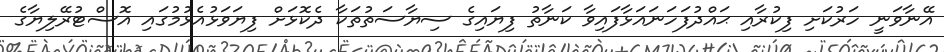
އޭނާވަނީ ހަރުކަށި ފިކުރާއި ޙައްދުފަހަނައަޅާފައިވާ ކަނާތު ފިޔައިގެ ސިޔާސަތުތަކާ ދެކޮޅަށް ފިޔަވަޅުއެޅުމުގައި އޮސްޓުރޭލިޔާގެ